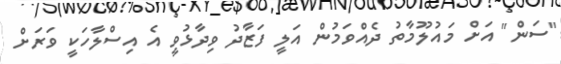
"ސަން" އަށް މައުލޫމާތު ދެއްވަމުން އަލީ ފަޒާދު ވިދާޅުވީ އެ އިސްލާހަކީ ވަރަށް